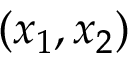
( x _ { 1 } , x _ { 2 } )